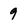
Character: 9